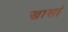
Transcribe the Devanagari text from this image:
खासां